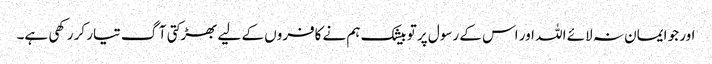
اور جو ایمان نہ لائے اللہ اور اس کے رسول پر تو بیشک ہم نے کافروں کے لیے بھڑکتی آگ تیار کر رکھی ہے۔